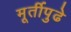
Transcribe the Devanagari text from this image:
मूर्तीपुढे